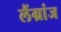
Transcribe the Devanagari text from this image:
लैंग्रांज